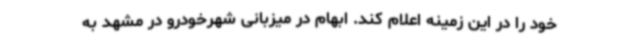
خود را در این زمینه اعلام کند. ابهام در میزبانی شهرخودرو در مشهد به